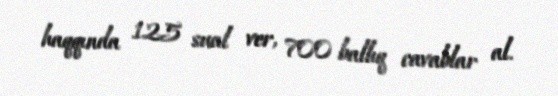
haqqında 125 sual ver, 700 ballıq cavablar al.